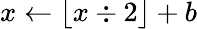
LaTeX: x\leftarrow\lfloor x\div 2\rfloor+b